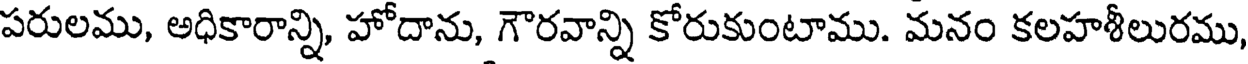
పరులము, అధికారాన్ని, హోదాను, గౌరవాన్ని కోరుకుంటాము. మనం కలహశీలురము,